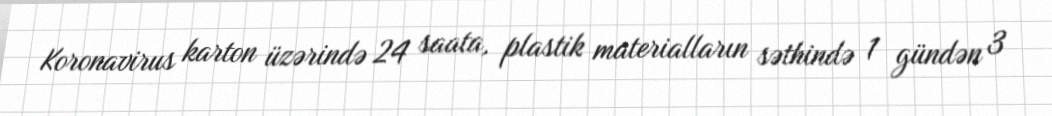
Koronavirus karton üzərində 24 saata, plastik materialların səthində 1 gündən 3